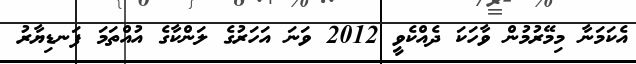
އެކަމަނާ މިމޭރުމުން ވާހަކަ ދެއްކެވީ 2012 ވަނަ އަހަރުގެ ލަންކާގެ އުއްތަމަ ފަނޑިޔާރު